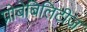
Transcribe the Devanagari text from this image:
प्रोबेबिलिटीज़